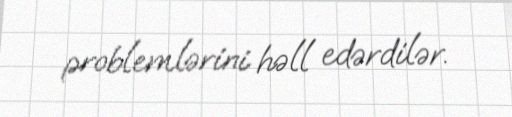
problemlərini həll edərdilər.